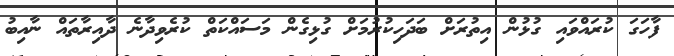
ފާހަގަ ކުރައްވައި ގުޅުން އިތުރަށް ބަދަހިކުރުމަށް ގުޅިގެން މަސައްކަތް ކުރެވިދާނެ ދާއިރާތައް ނާއިބު